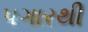
પગારથી